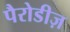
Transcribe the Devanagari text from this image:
पैरोडीज़